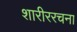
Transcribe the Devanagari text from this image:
शारीररचना